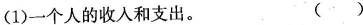
(1)一个人的收入和支出。 ()